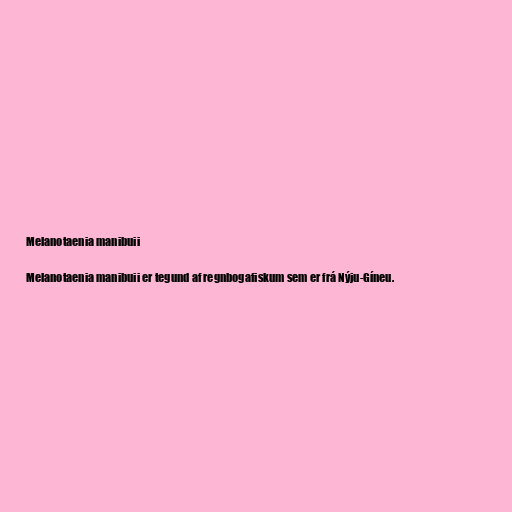
Melanotaenia manibuii

Melanotaenia manibuii er tegund af regnbogafiskum sem er frá Nýju-Gíneu.